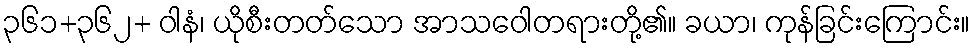
၃၆၁+၃၆၂+ ဝါနံ၊ ယိုစီးတတ်သော အာသဝေါတရားတို့၏။ ခယာ၊ ကုန်ခြင်းကြောင်း။